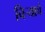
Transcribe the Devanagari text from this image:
चिऱ्याचे